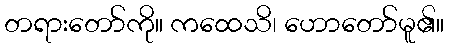
တရားတော်ကို။ ကထေသိ၊ ဟောတော်မူ၏။